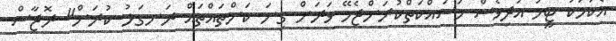
އެކަމަކު ޓީމު އަދިވެސް މަސައްކަތްކުރަންޖެހޭ ވަރަށް ގިނަ ކަންތައްތައް ރަނގަޅު ކުރަން" ރޮޖާސް